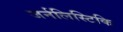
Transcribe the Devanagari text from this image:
जर्नलिस्टिकि